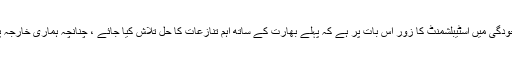
ان غیر متوازن دفاعی معروضات کی موجودگی میں اسٹیبلشمنٹ کا زور اس بات پر ہے کہ پہلے بھارت کے ساتھ اہم تنازعات کا حل تلاش کیا جائے ، چنانچہ ہماری خارجہ پالیسی اسی کھونٹے سے بندھی ہوئی ہے ۔